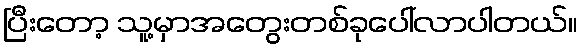
ပြီးတော့ သူ့မှာအတွေးတစ်ခုပေါ်လာပါတယ်။